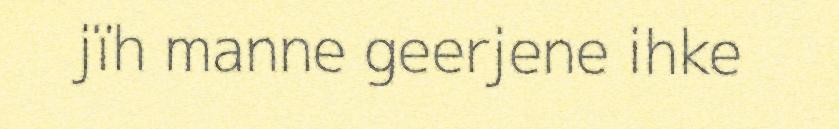
jïh manne geerjene ihke